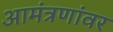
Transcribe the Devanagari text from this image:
आमंत्रणांवर